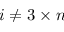
i \neq 3 \times n